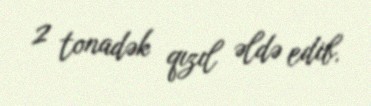
2 tonadək qızıl əldə edib.